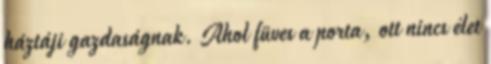
háztáji gazdaságnak. Ahol füves a porta, ott nincs élet